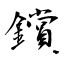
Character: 鑜